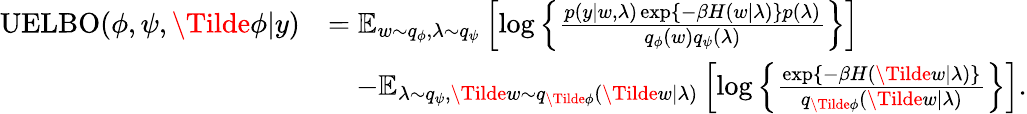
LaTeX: \begin{array}{rl}{\operatorname{UELBO}(\phi,\psi,\Tilde{\phi}|y)}&{=\operatorname{\mathbb{E}}_{w\sim q_{\phi},\lambda\sim q_{\psi}}\left[\log\left\{ \frac{p(y|w,\lambda)\exp\left\{ -\beta H(w|\lambda)\right\} p(\lambda)}{q_{\phi}(w)q_{\psi}(\lambda)}\right\} \right]}\\ &{\quad-\operatorname{\mathbb{E}}_{\lambda\sim q_{\psi},\Tilde{w}\sim q_{\Tilde{\phi}}(\Tilde{w}|\lambda)}\left[\log\left\{ \frac{\exp\left\{ -\beta H(\Tilde{w}|\lambda)\right\} }{q_{\Tilde{\phi}}(\Tilde{w}|\lambda)}\right\} \right].}\end{array}